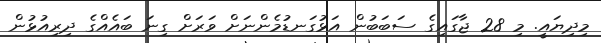
މިދިޔައީ. މި 28 ޖާގައިގެ ސަބަބުން އަޅުގަނޑުމެންނަށް ވަރަށް ގިނަ ބައެއްގެ ދިރިއުޅުން